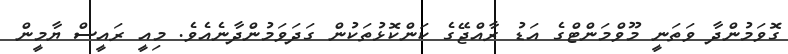
ގޮވަމުންދާ ވަތަނީ މޫވްމަންޓްގެ އަޑު ރާއްޖޭގެ ކަންކޮޅުތަކުން ގަދަވަމުންދާނެއެވެ. މިއީ ރައީސް ޔާމީން